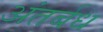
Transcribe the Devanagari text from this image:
अंतर्बध